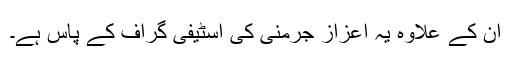
ان کے علاوہ یہ اعزاز جرمنی کی اسٹیفی گراف کے پاس ہے۔